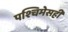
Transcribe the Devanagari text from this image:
पश्चिमेसही